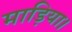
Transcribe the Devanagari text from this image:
माड़िया।